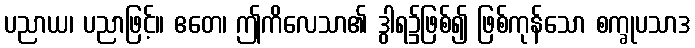
ပညာယ၊ ပညာဖြင့်။ ဧတေ၊ ဤကိလေသာ၏ ဒွါရ၌ဖြစ်၍ ဖြစ်ကုန်သော စက္ခုပသာဒ